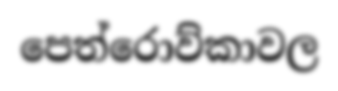
පෙත්රොව්කාවල